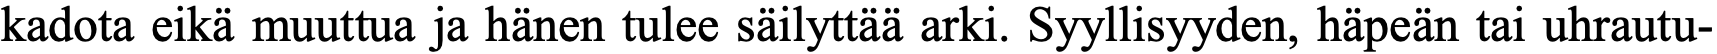
kadota eikä muuttua ja hänen tulee säilyttää arki. Syyllisyyden, häpeän tai uhrautu-